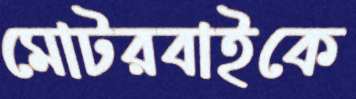
মোটরবাইকে